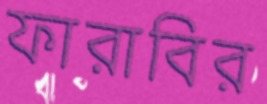
ফারাবির